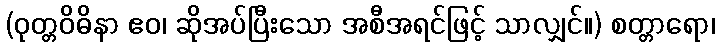
(ဝုတ္တဝိဓိနာ ဧဝ၊ ဆိုအပ်ပြီးသော အစီအရင်ဖြင့် သာလျှင်။) စတ္တာရော၊